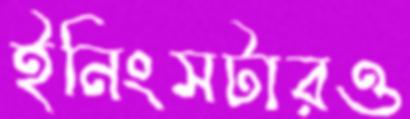
ইনিংসটারও